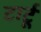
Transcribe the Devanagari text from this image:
टार्टू